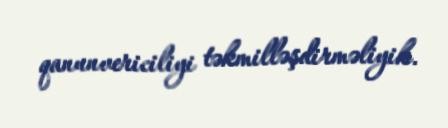
qanunvericiliyi təkmilləşdirməliyik.